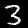
Label: 3